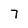
Character: 7